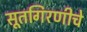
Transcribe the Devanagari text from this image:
सूतगिरणीचे